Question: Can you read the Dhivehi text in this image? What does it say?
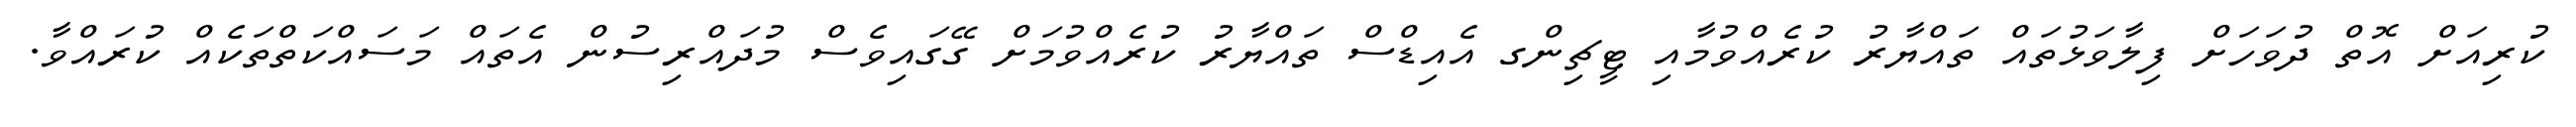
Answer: ކުރިއަށް އޮތް ދުވަހަށް ފިލާވަޅުތައް ތައްޔާރު ކުރެއްވުމާއި ޓީޗިންގ އެއިޑްސް ތައްޔާރު ކުރެއްވުމަށް ގޭގައިވެސް މުދައްރިސުން އެތައް މަސައްކަތްތަކެއް ކުރައްވާ.